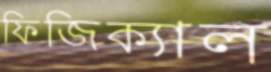
ফিজিক্যাল